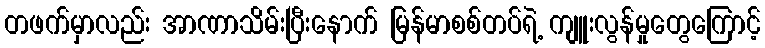
တဖက်မှာလည်း အာဏာသိမ်းပြီးနောက် မြန်မာစစ်တပ်ရဲ့ ကျူးလွန်မှုတွေကြောင့်